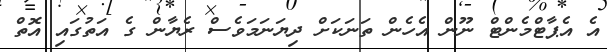
އެ އެޕާޓްމެންޓް ނޫން އެހެން ތަނަކަށް ދިޔަނަމަވެސް ރެޔާން ގެ އަތުގައި އޮތް